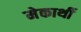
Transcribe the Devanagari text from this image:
मेकार्थी